Annual administration report of the Bombay Presidency - 1887-1892
Year: 1887
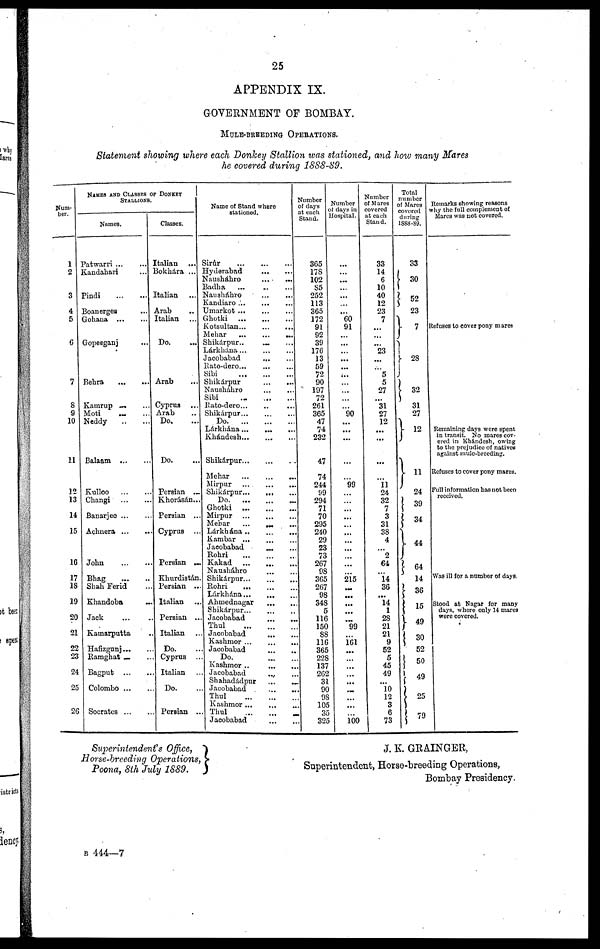
25
APPENDIX IX.
GOVERNMENT OF BOMBAY.
MULE-BREEDING OPERATIONS.
Statement showing where each Donkey Stallion was stationed, and how many Mares
he covered during 1888-89.
Num-
ber.
1
2
3
4
5
6
7
8
9
10
11
12
13
14
15
16
17
18
19
20
21
22
23
24
25
26
NAMES AND CLASSES OF DONKEY
STALLIONS.
Names.
Patwarri ... ...
Kandahari ...
Pindi
...
...
Boanerges ...
Gohana
...
...
Gopeeganj ...
Behra
...
...
Kamrup ... ...
Moti ... ...
Neddy
..
...
Balaam
...
...
Kulloo
...
...
Changi
...
...
Banarjee ... ...
Achnera
...
...
John
...
...
Bhag
...
...
Shah Ferid ...
Khandoba
...
Jack ... ...
Kamarputta ..
Hafizgunj ... ...
Ramghat ... ...
Bagput
...
...
Colombo ... ...
Socrates
...
...
Classes.
Italian ...
Bokhára ...
Italian ...
Arab
..
Italian ...
Do. ...
Arab ...
Cyprus ...
Arab ...
Do. ...
Do. ...
Persian ...
Khorásán...
Persian ...
Cyprus ...
Persian ...
Khurdistán.
Persian ...
Italian ...
Persian ...
Italian ...
Do. ...
Cyprus ...
Italian ...
Do. ...
Persian ...
Name of Stand where
stationed.
Sirúr
...
...
...
Hyderabad
...
...
Nausháhro
...
...
Badha
...
..
...
Nausháhro ... ...
Kandiaro
...
...
...
Umarkot
...
...
...
Ghotki
...
...
...
Kotsultan...
...
...
Mehar
...
...
...
Shikárpur ..
... ...
Lárkhána
...
...
...
Jacobabad
...
...
Rato-dero
...
...
...
Sibi
...
...
...
Shikárpur
...
...
Nausháhro
...
...
Sibi ... ... ...
Rato-dero ... ... ...
Shikárpur
...
...
...
Do.
...
...
...
Lárkhána
...
...
...
Khándesh
...
...
...
Shikárpur
...
...
...
Mehar
...
...
...
Mirpur
...
...
...
Shikárpur... ... ...
Do. ... ... ...
Ghotki
...
...
...
Mirpur
...
...
...
Mehar
... ... ...
Lárkhána
..
...
...
Kambar ...
...
...
Jacobabad ... ...
Rohri
...
...
...
Kakad
...
...
...
Nausháhro
...
...
Shikárpur ...
...
...
Rohri
...
...
...
Lárkhána...
...
...
Ahmednagar
...
...
Shikárpur... ... ...
Jacobabad
...
...
Thul
...
...
...
Jacobabad
...
...
Kashmor
...
...
...
Jacobabad ... ...
Do.
...
...
Kashmor ..
...
...
Jacobabad
...
...
Shahadádpur
...
...
Jacobabad
...
...
Thul
...
...
...
Kashmor ... ... ...
Thul ... ... ...
Jacobabad ... ...
Number
of days
at each
Stand.
365
178
102
85
252
113
365
172
91
92
39
176
13
59
72
90
197
72
261
365
47
74
232
47
74
244
99
294
71
70
295
240
29
23
73
267
98
365
267
98
348
5
116
150
88
116
365
228
137
262
31
90
98
105
35
325
Number
of days in
Hospital.
...
...
...
...
...
...
...
60
91
...
...
...
...
...
...
...
...
...
...
90
...
...
...
...
...
99
...
...
...
...
...
...
...
...
...
...
...
215
...
...
...
...
99
...
161
...
...
...
...
...
...
...
...
...
100
Number
of Mares
covered
at each
Stand.
33
14
6
10
40
12
23
7
...
...
...
23
...
...
5
5
27
...
31
27
12
...
...
...
...
11
24
32
7
3
31
38
4
...
2
64
...
14
36
...
14
1
28
21
21
9
52
5
45
49
...
10
12
3
6
73
Total
number
of Mares
covered
during
1888-89.
33
30
52
23
7
28
32
31
27
12
11
24
39
34
44
64
14
36
15
49
30
52
50
49
25
79
Remarks showing reasons
why the full complement of
Mares was not covered.
Refuses to cover pony mares
Remaining days were spent
in transit. No mares cov-
ered in Khándesh, owing
to the prejudice of natives
against mule-breeding.
Refuses to cover pony mares.
Full information has not been
received.
Was ill for a number of days.
Stood at Nagar for many
days, where only 14 mares
were covered.
Superintendent's Office,
Horse-breeding Operations,
Poona, 8th July 1889.
J. K. GRAINGER,
Superintendent, Horse-breeding Operations,
Bombay Presidency.
B 444—7